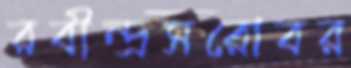
রবীন্দ্রসরোবর